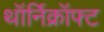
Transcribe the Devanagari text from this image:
थॉर्निक्रॉफ्ट